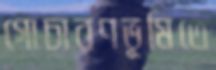
গোচারণভূমিতে